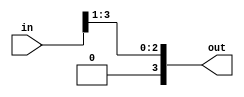
`timescale 1ns / 1ns

module division(
  input [3:0] in,
  output [3:0] out
);
  
  assign out = in >> 1;
  /*like multiplication, to divide by 2, use >>1
  for divide by 4 use >>2
  for divide by 8 use >>3 */
  
endmodule 

module multiply(
  input [3:0] in,
  output [4:0] out
);
  
  assign out = in << 1;
  //to multiply by 4, use <<2
  //likewise, to multiply by 8, use <<3
  //make sure to add room for higher # of bits
  
endmodule 

/* overall message: to divide or multiply by powers of two, put the exponent to the left of the shift operator, and add bits module ports. 
*/